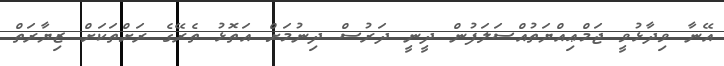
އޭނާ ވިދާޅުވީ ޖަމްޢިއްޔަތުއްސަލަފުން ދީނީ ދަރުސް ދިނުމަށް އަތޮޅު ތެރޭގެ ރަށްތަކަށް ޒިޔާރަތް